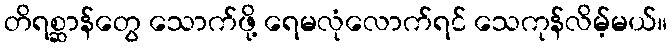
တိရစ္ဆာန်တွေ သောက်ဖို့ ရေမလုံလောက်ရင် သေကုန်လိမ့်မယ်။